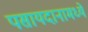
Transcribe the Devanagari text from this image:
पसायदानामध्ये